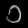
Digit: ၁